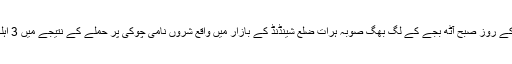
موصولہ رپوٹ کے مطابق پیر کے روز صبح آٹھ بجے کے لگ بھگ صوبہ ہرات ضلع شینڈنڈ کے بازار میں واقع شروں نامی چوکی پر حملے کے نتیجے میں 3 اہلکار ہلاک، جبکہ ایک زخمی ہوا۔